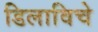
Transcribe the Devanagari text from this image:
डिलाविचे